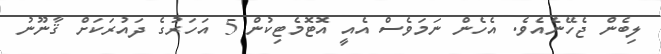
ލިބެން ޖެހޭނެއެވެ. އެހެން ނަމަވެސް އެއީ އޮޓޮމެޓިކުން 5 އަހަރުގެ ދައުރަކަށް ޤާނޫނު